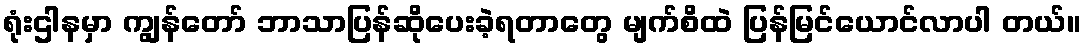
ရုံးဌါနမှာ ကျွန်တော် ဘာသာပြန်ဆိုပေးခဲ့ရတာတွေ မျက်စိထဲ ပြန်မြင်ယောင်လာပါ တယ်။